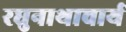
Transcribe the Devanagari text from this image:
रघुनाथाचार्य